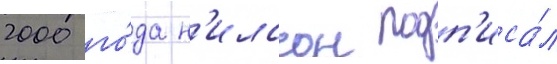
2000 го́да н'илссон подп'иса́л